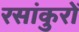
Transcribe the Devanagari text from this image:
रसांकुरों